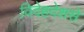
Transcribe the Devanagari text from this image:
विदेहदेशसे